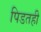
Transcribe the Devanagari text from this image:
पिडतही